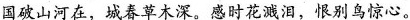
国破山河在，城春草木深。感时花溅泪，恨别鸟惊心。